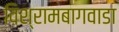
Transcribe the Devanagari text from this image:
विश्रामबागवाडा